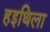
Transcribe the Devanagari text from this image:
हइथिला